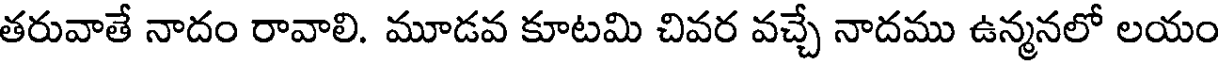
తరువాతే నాదం రావాలి. మూడవ కూటమి చివర వచ్చే నాదము ఉన్మనలో లయం